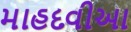
માહદવીઆ